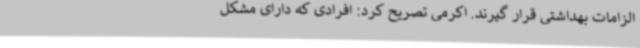
الزامات بهداشتی قرار گیرند. اکرمی تصریح کرد: افرادی که دارای مشکل